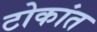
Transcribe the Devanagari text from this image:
टोकांत